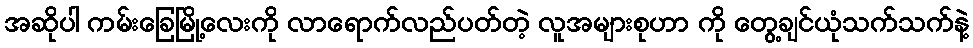
အဆိုပါ ကမ်းခြေမြို့လေးကို လာရောက်လည်ပတ်တဲ့ လူအများစုဟာ ကို တွေ့ချင်ယုံသက်သက်နဲ့